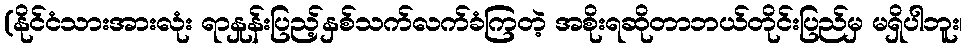
(နိုင်ငံသားအားလုံး ရာနှုန်းပြည့်နှစ်သက်လက်ခံကြတဲ့ အစိုးရဆိုတာဘယ်တိုင်းပြည်မှ မရှိပါဘူး၊